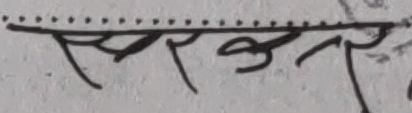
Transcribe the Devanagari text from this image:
सरकार